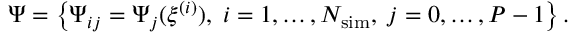
{ \boldsymbol \Psi } = \left\{ \Psi _ { i j } = \Psi _ { j } ( { \boldsymbol { \xi } } ^ { ( i ) } ) , \; i = 1 , \ldots , { \ensuremath { N _ { \mathrm { s i m } } } } , \; j = 0 , \ldots , P - 1 \right\} .